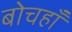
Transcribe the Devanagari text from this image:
बोचहाँ